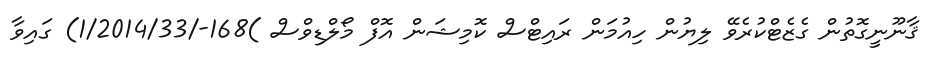
ޤާނޫނީގޮތުން ގެޒެޓްކުރެވޭ ލިޔުން ހިއުމަން ރައިޓްސް ކޮމިޝަން އޮފް މޯލްޑިވްސް )168-/1/2014/33) ގައިވާ